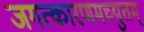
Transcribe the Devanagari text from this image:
जगत्कारणमच्युतम्